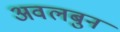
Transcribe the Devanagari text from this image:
अवलबुन